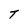
Character: T